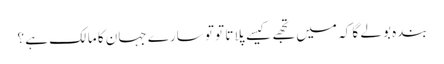
بندہ بولے گا کہ میں تجھے کیسے پلاتا تو تو سارے جہان کا مالک ہے ؟